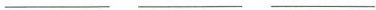
___ ___ ___